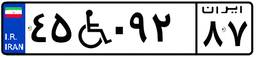
۴۵W۰۹۲۸۷